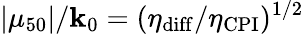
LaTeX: |\mu_{50}|/\mathbf{k}_{0}=(\eta_{\mathrm{{diff}}}/\eta_{\mathrm{{CPI}}})^{1/2}